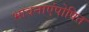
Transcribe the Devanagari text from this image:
भावनाएंपोषित